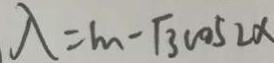
\lambda = m - \sqrt { 3 } \cos 2 x